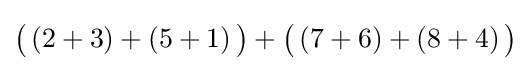
{\textstyle {\big (}\,(2+3)+(5+1)\,{\big )}+{\big (}\,(7+6)+(8+4)\,{\big )}}